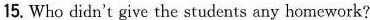
15. Who didn't give the students any homework?